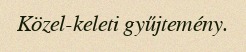
Közel-keleti gyűjtemény.